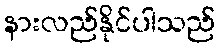
နားလည်နိုင်ပါသည်